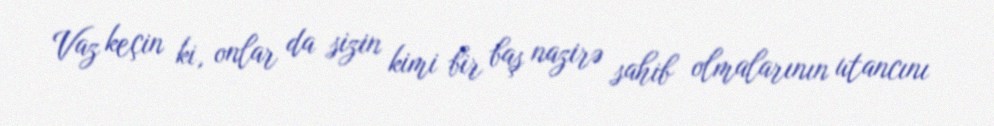
Vaz keçin ki, onlar da sizin kimi bir baş nazirə sahib olmalarının utancını